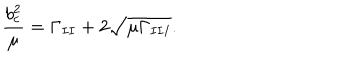
\frac { b _ { c } ^ { 2 } } { \mu } = \Gamma _ { I I } + 2 \sqrt { \mu \Gamma _ { I I I } } .